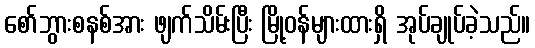
စော်ဘွားစနစ်အား ဖျက်သိမ်းပြီး မြို့ဝန်များထားရှိ အုပ်ချုပ်ခဲ့သည်။